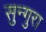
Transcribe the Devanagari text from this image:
सुन्गुरा